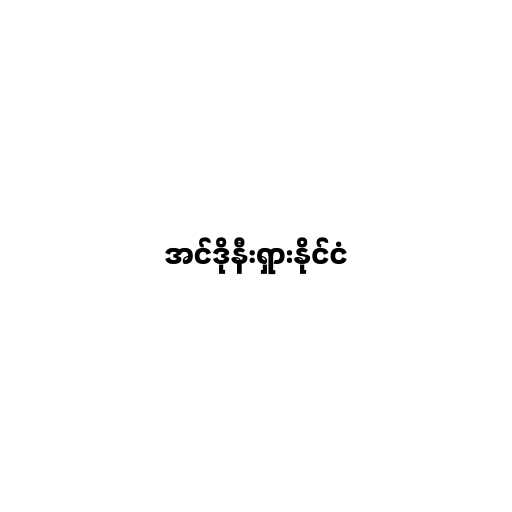
အင်ဒိုနီးရှားနိုင်ငံ